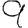
Digit: 9